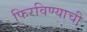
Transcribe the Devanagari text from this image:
फिरविण्याची